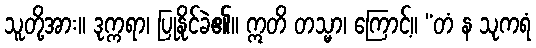
သူတို့အား။ ဒုက္ကရာ၊ ပြုနိုင်ခဲ၏။ ဣတိ တသ္မာ၊ ကြောင့်။ “တံ န သုကရံ